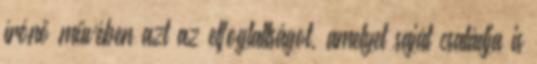
írónő művében azt az elfoglaltságot, amelyet saját családja is